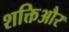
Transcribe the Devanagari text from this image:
शक्तिऔर